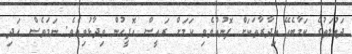
ދައުލަތުގެ ކަމާބެހޭ އިދާރާތަކަށް ފޮނުއްވެވި ކަމަށް ރައީސް އޮފީހުން ވިދާޅުވިއެވެ. ނަމަވެސް އަދި